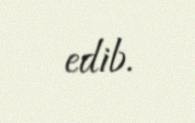
edib.